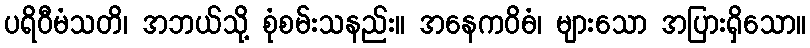
ပရိဝီမံသတိ၊ အဘယ်သို့ စုံစမ်းသနည်း။ အနေကဝိဓံ၊ များသော အပြားရှိသော။